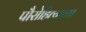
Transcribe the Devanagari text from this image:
पौरोहित्याच्या